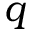
q